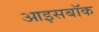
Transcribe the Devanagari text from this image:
आइसबॉक